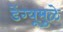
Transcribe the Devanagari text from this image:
डेंग्यूमुळे